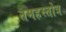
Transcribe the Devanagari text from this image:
तमहस्तोत्र